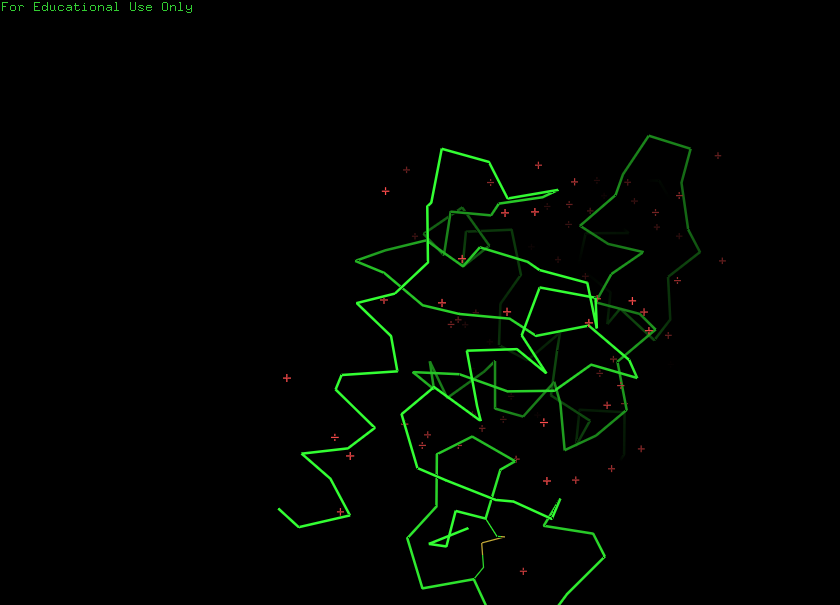
pymol, preset, simple